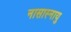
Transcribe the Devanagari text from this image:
नासास्नायु